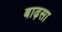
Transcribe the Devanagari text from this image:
बाढ़सा